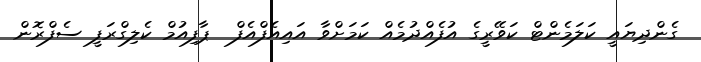
ގެންދިޔައީ ކަލަމެންޓް ކަވޭރީގެ އުފެއްދުމެއް ކަމަށްވާ އައިއެފްއެފް  ޕާފިއުމް ކެލިގްރަފީ ސެފްރޮން